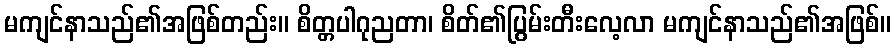
မကျင်နာသည်၏အဖြစ်တည်း။ စိတ္တပါဂုညတာ၊ စိတ်၏ပြွမ်းတီးလေ့လာ မကျင်နာသည်၏အဖြစ်။